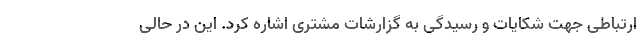
ارتباطی جهت شکایات و رسیدگی به گزارشات مشتری اشاره کرد. این در حالی‌